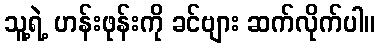
သူ့ရဲ့ ဟန်းဖုန်းကို ခင်ဗျား ဆက်လိုက်ပါ။